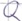
Text: Q